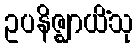
ဥပနိဇ္ဈာယိံသု